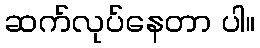
ဆက်လုပ်နေတာ ပါ။